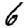
Digit: 6